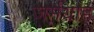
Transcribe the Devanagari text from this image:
जर्मयाह